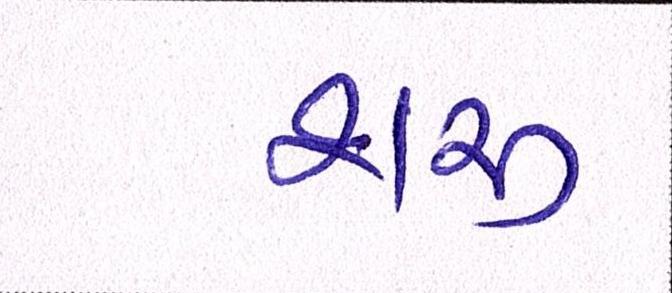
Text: શરુ